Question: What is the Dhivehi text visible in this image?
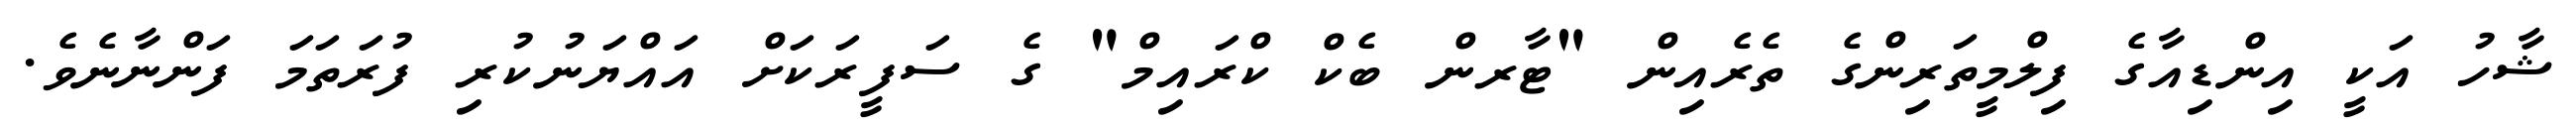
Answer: ޝާހު އަކީ އިންޑިއާގެ ފިލްމީތަރިންގެ ތެރެއިން "ޓާރން ބެކް ކްރައިމް" ގެ ސަފީރަކަށް އައްޔަނުކުރި ފުރަތަމަ ފަންނާނެވެ.